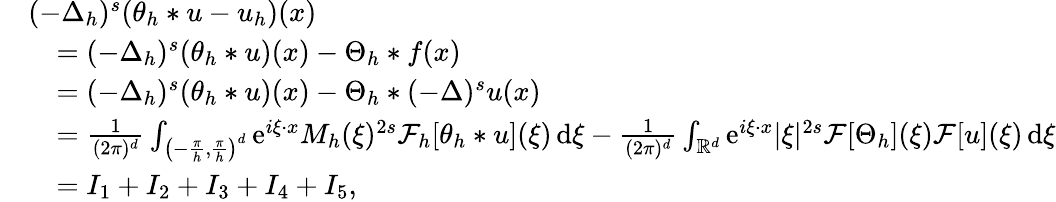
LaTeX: \begin{array}{rl}&{(-\Delta_{h})^{s}(\theta_{h}*u-u_{h})(x)}\\ &{\quad=(-\Delta_{h})^{s}(\theta_{h}*u)(x)-\Theta_{h}*f(x)}\\ &{\quad=(-\Delta_{h})^{s}(\theta_{h}*u)(x)-\Theta_{h}*(-\Delta)^{s}u(x)}\\ &{\quad=\frac{1}{(2\pi)^{d}}\int_{\left(-\frac{\pi}{h},\frac{\pi}{h}\right)^{d}}{\mathrm{e}}^{i\xi\cdot x}M_{h}(\xi)^{2s}\mathcal{F}_{h}[\theta_{h}*u](\xi)\, \mathrm{d}\xi-\frac{1}{(2\pi)^{d}}\int_{\mathbb{R}^{d}}{\mathrm{e}}^{i\xi\cdot x}|\xi|^{2s}\mathcal{F}[\Theta_{h}](\xi)\mathcal{F}[u](\xi)\, \mathrm{d}\xi}\\ &{\quad=I_{1}+I_{2}+I_{3}+I_{4}+I_{5},}\end{array}